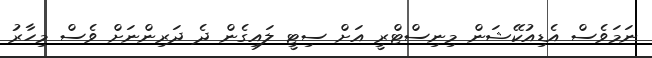
ނަމަވެސް އެޑިއުކޭޝަން މިނިސްޓްރީ އަށް ސިޓީ ލައިގެން ދެ ދަރިންނަށް ވެސް މިހާރު